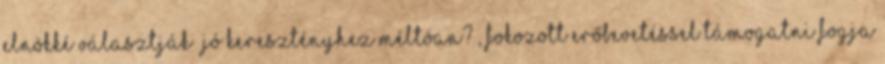
elnökké választják jó keresztényhez méltóan? , fokozott erőbevetéssel támogatni fogja